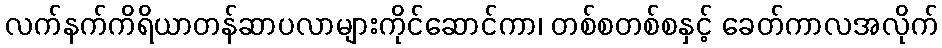
လက်နက်ကိရိယာတန်ဆာပလာများကိုင်ဆောင်ကာ၊ တစ်စတစ်စနှင့် ခေတ်ကာလအလိုက်